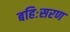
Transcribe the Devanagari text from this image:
बहिःसरण